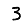
Digit: 3